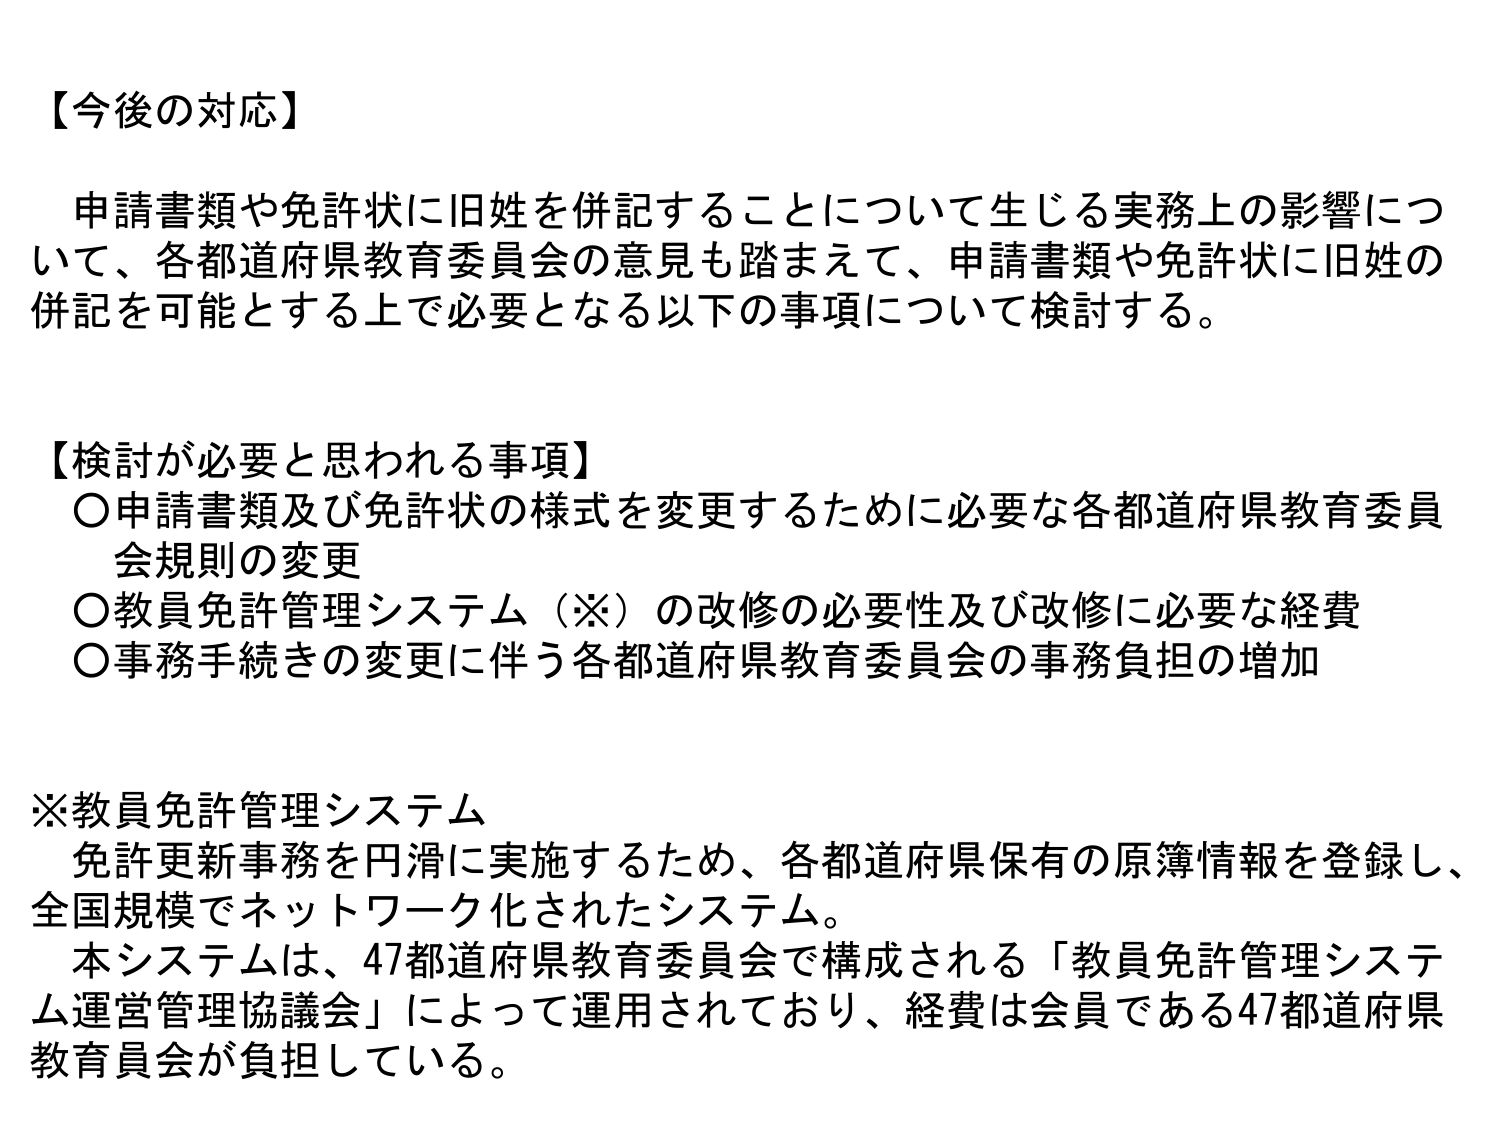
【今後の対応】
申請書類や免許状に旧姓を併記することについて生じる実務上の影響について、各都道府県教育委員会の意見も踏まえて、申請書類や免許状に旧姓の併記を可能とする上で必要となる以下の事項について検討する。

【検討が必要と思われる事項】
〇申請書類及び免許状の様式を変更するために必要な各都道府県教育委員会規則の変更
〇教員免許管理システム（※）の改修の必要性及び改修に必要な経費
〇事務手続きの変更に伴う各都道府県教育委員会の事務負担の増加

※教員免許管理システム
免許更新事務を円滑に実施するため、各都道府県保有の原簿情報を登録し、全国規模でネットワーク化されたシステム。
本システムは、47都道府県教育委員会で構成される「教員免許管理システム運営管理協議会」によって運用されており、経費は会員である47都道府県教育員会が負担している。